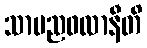
သာမညဖလာနီတိ